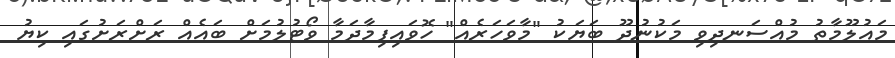
މައުލޫމާތު މުއްސަނދިވި މަކުނުދޫ ބަޔަކު "މާވަހަރެއް" ހޮވައިފިމާދަމާ ވޯޓުލުމަށް ބައެއް ރަށްރަށުގައި ކިޔު